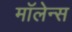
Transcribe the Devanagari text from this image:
मॉलेन्स